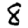
Digit: 8